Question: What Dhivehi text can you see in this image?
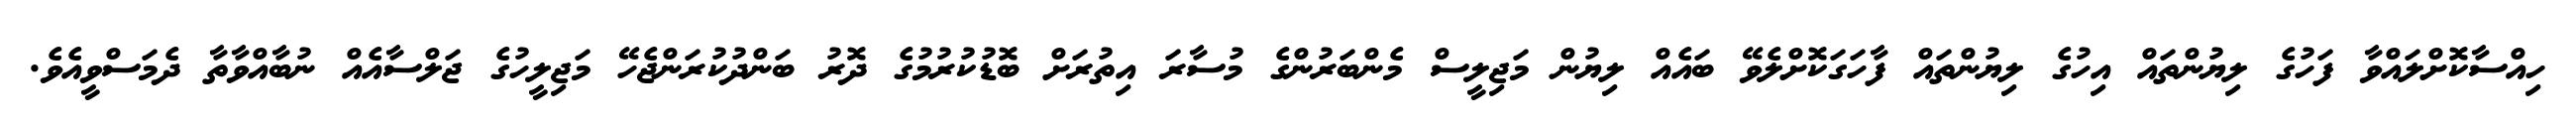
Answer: ހިއްސާކޮށްލައްވާ ފަހުގެ ލިޔުންތައް އިހުގެ ލިޔުންތައް ފާހަގަކޮށްލެވޭ ބައެއް ލިޔުން މަޖިލީސް މެންބަރުންގެ މުސާރަ އިތުރަށް ބޮޑުކުރުމުގެ ދޮރު ބަންދުކުރަންޖެހޭ މަޖިލީހުގެ ޖަލްސާއެއް ނުބާއްވާތާ ދެމަސްވީއެވެ.